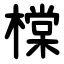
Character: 橖